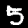
Digit: 5